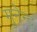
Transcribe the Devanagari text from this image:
मुनेन्द्र